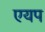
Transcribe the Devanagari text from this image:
एयप